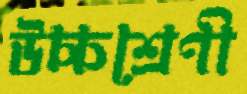
উচ্চশ্রেণী